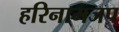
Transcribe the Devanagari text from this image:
हरिनामजप